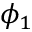
\phi _ { 1 }